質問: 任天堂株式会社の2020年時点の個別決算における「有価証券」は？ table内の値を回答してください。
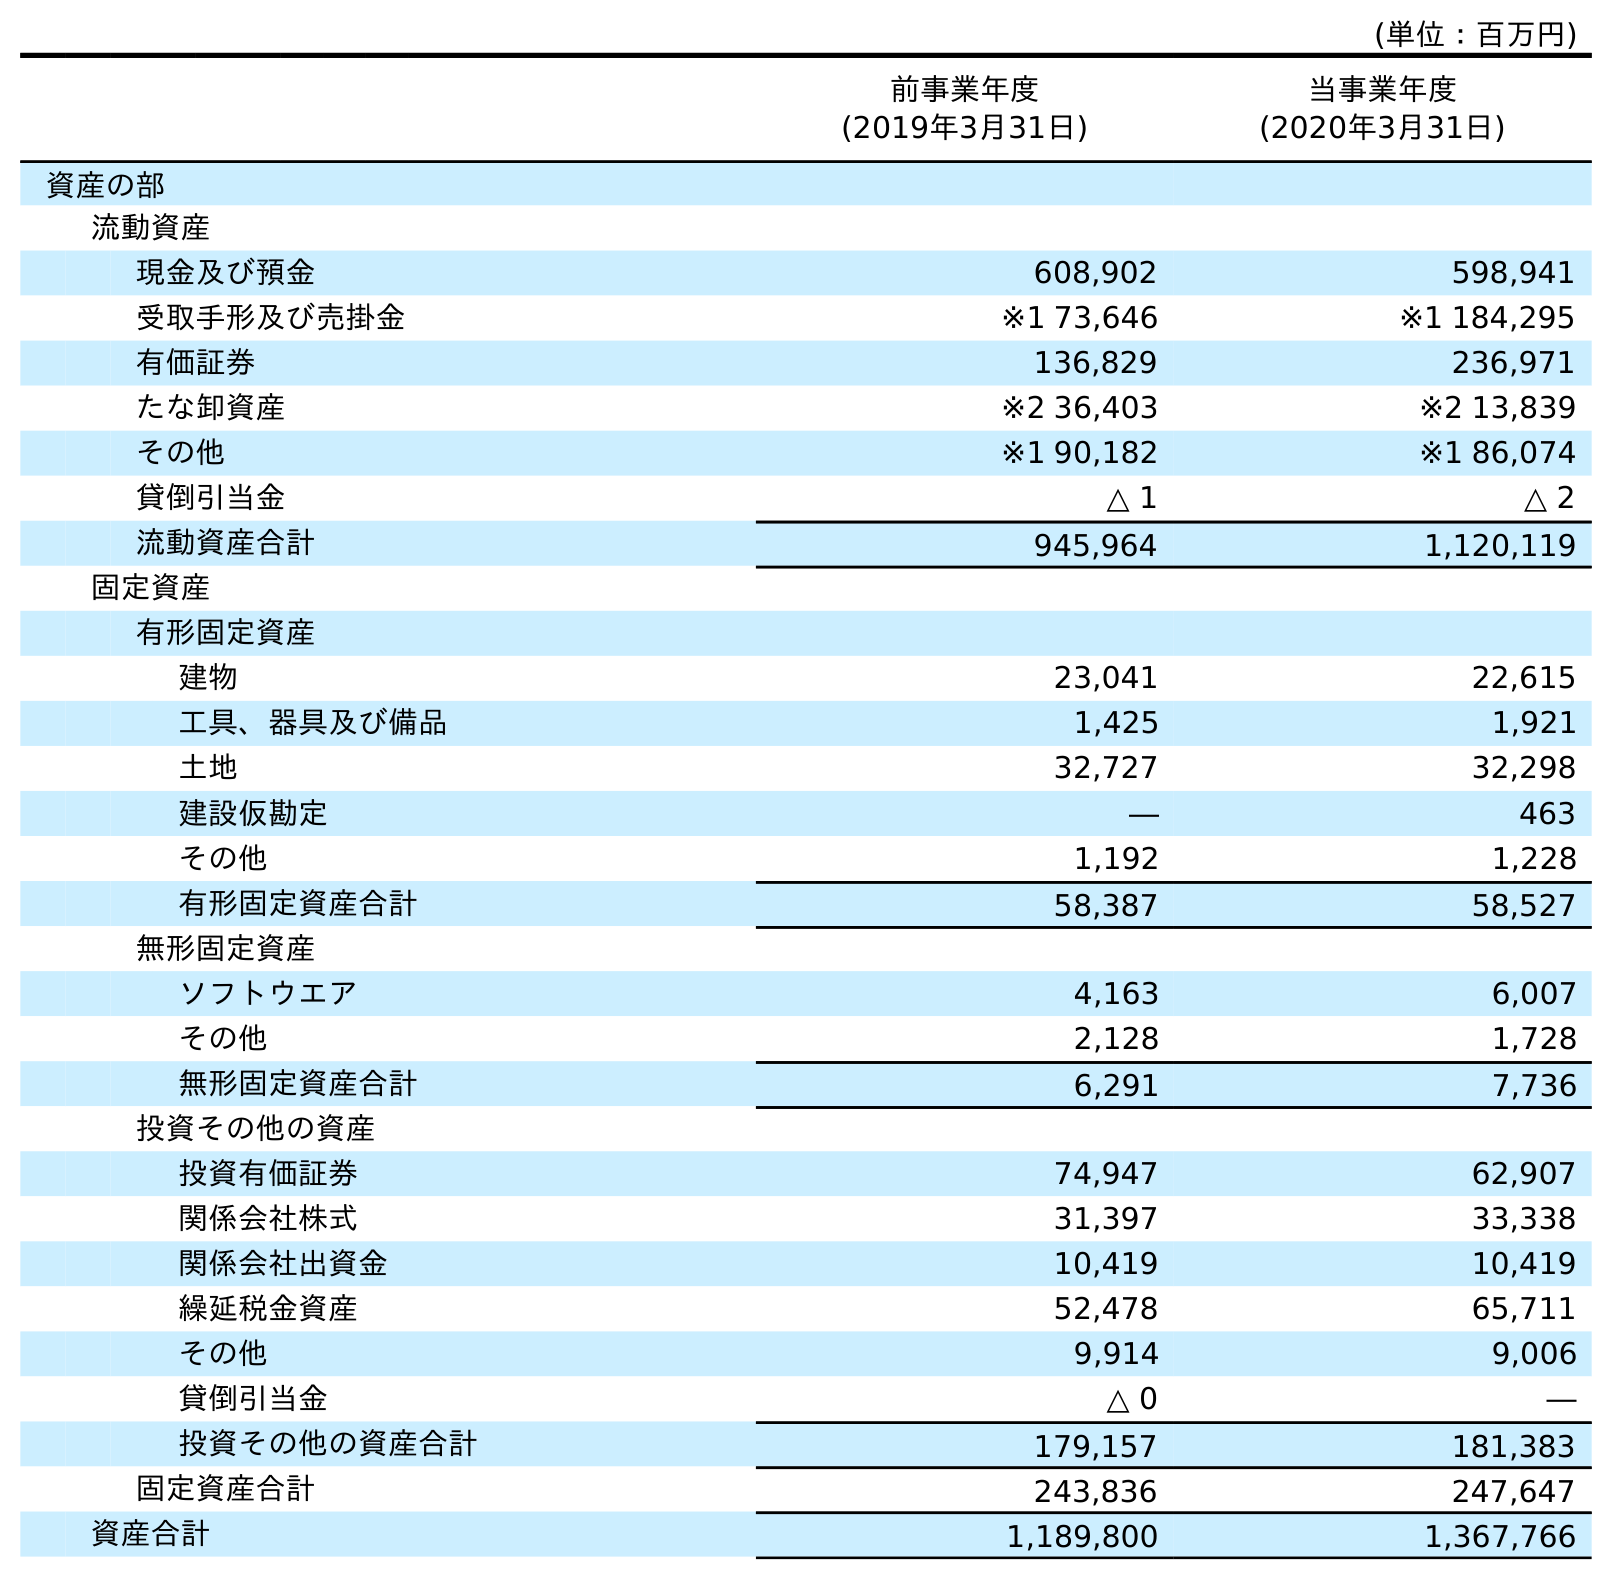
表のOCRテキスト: (単位：百万円) 前事業年度 (2019年3月31日) 当事業年度 (2020年3月31日) 資産の部 流動資産 現金及び預金 608,902 598,941 受取手形及び売掛金 ※1 73,646 ※1 184,295 有価証券 136,829 236,971 たな卸資産 ※2 36,403 ※2 13,839 その他 ※1 90,182 ※1 86,074 貸倒引当金 △ 1 △ 2 流動資産合計 945,964 1,120,119 固定資産 有形固定資産 建物 23,041 22,615 工具、器具及び備品 1,425 1,921 土地 32,727 32,298 建設仮勘定 ― 463 その他 1,192 1,228 有形固定資産合計 58,387 58,527 無形固定資産 ソフトウエア 4,163 6,007 その他 2,128 1,728 無形固定資産合計 6,291 7,736 投資その他の資産 投資有価証券 74,947 62,907 関係会社株式 31,397 33,338 関係会社出資金 10,419 10,419 繰延税金資産 52,478 65,711 その他 9,914 9,006 貸倒引当金 △ 0 ― 投資その他の資産合計 179,157 181,383 固定資産合計 243,836 247,647 資産合計 1,189,800 1,367,766
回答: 236,971